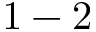
1 - 2